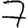
Digit: 7